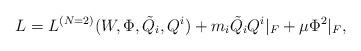
LaTeX: \begin{align*}L= L^{(N=2)}(W, \Phi, {\tilde Q}_i, Q^i) + m_i {\tilde Q}_i Q^i |_F +\mu \Phi^2 |_F,\end{align*}